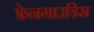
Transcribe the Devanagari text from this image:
फ्रेनगाउडिस